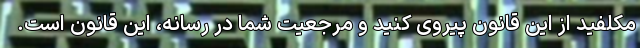
مکلفید از این قانون پیروی کنید و مرجعیت شما در رسانه، این قانون است.